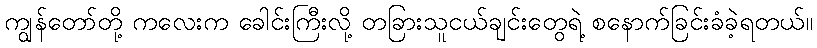
ကျွန်တော်တို့ ကလေးက ခေါင်းကြီးလို့ တခြားသူငယ်ချင်းတွေရဲ့ စနောက်ခြင်းခံခဲ့ရတယ်။